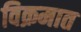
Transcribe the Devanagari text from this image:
विक्रमात